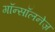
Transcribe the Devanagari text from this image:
गॉन्सॉलनेज़